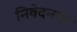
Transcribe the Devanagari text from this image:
निवेदनपर